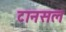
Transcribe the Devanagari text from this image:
टानसल